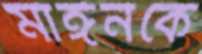
মাঈনকে